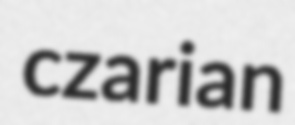
czarian